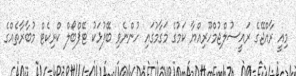
މިއީ ރާއްޖޭގެ ރައީސުލްޖުމްހޫރިއްޔާ ކަމުގެ މަގާމުގައި ހުންނެވި ބޭފުޅަކު ޓޭޕްބޯލް ކްރިކެޓް މުބާރާތެއްގެ